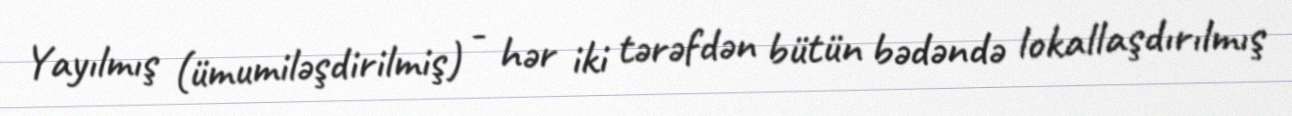
Yayılmış (ümumiləşdirilmiş) - hər iki tərəfdən bütün bədəndə lokallaşdırılmış